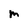
Character: m